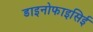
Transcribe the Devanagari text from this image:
डाइनोफाइसिई